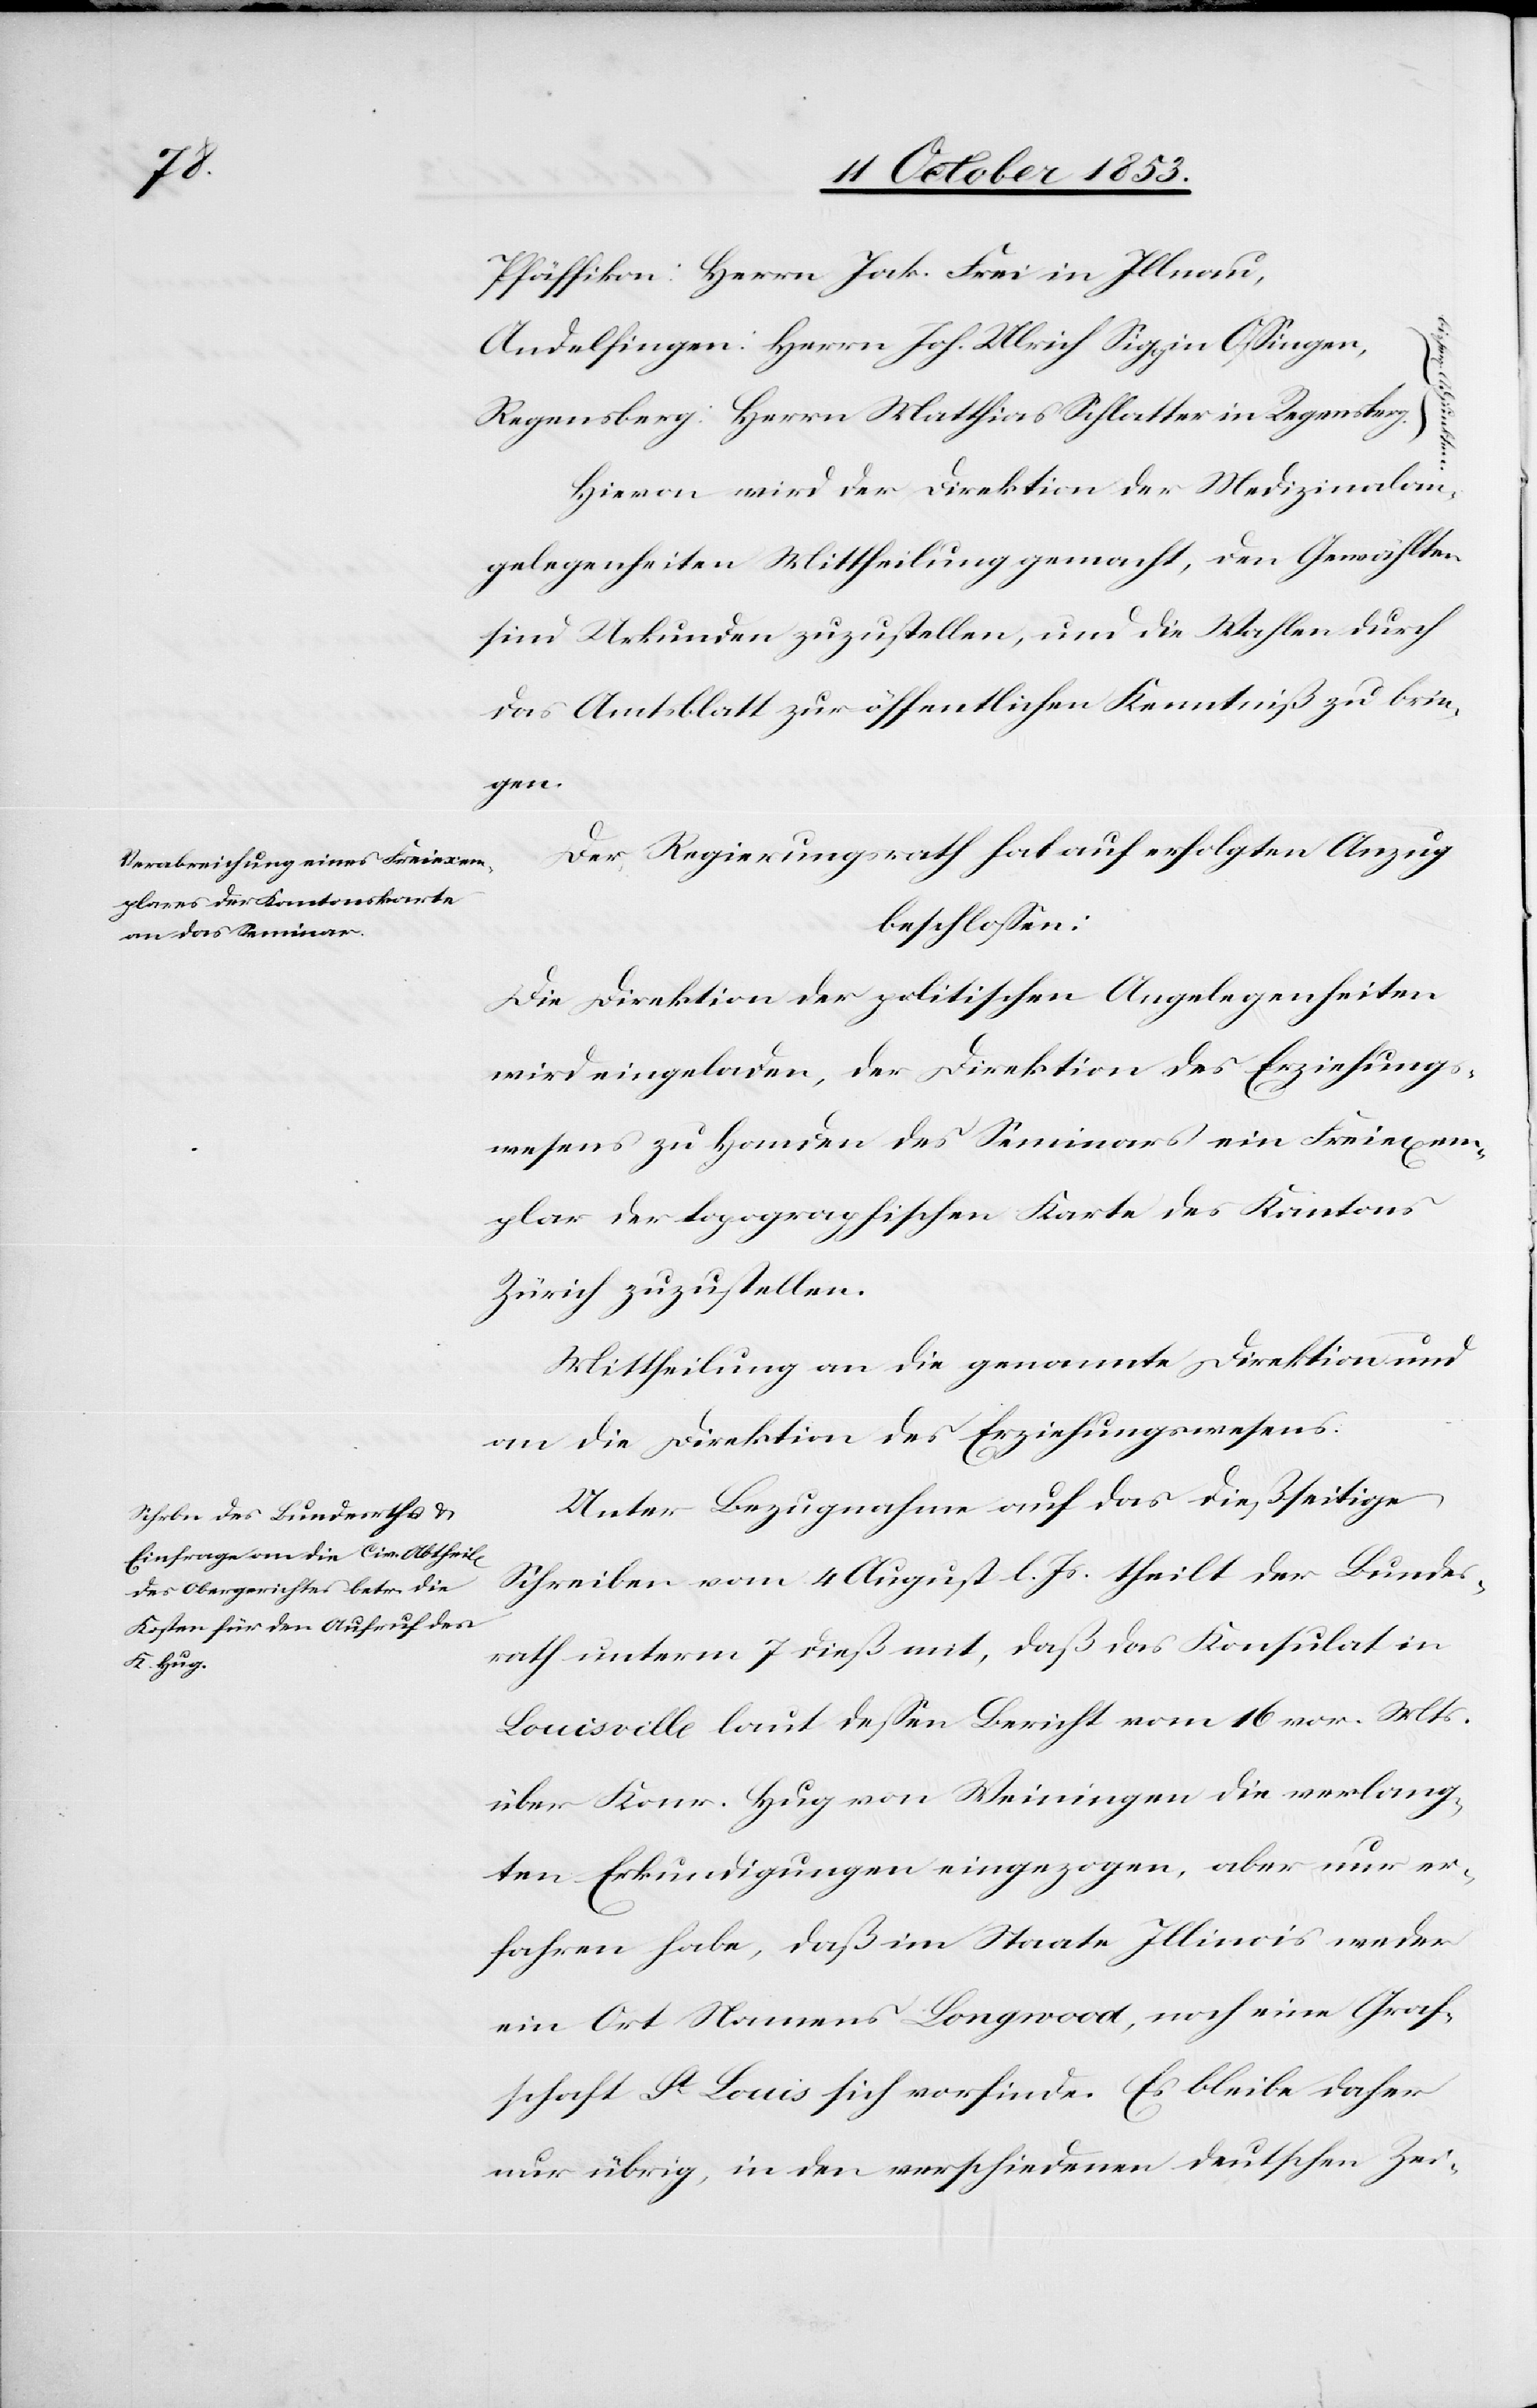
Pfäffikon: Herrn Jak. Frei in Illnau,
Andelfingen: Herrn Joh. Ulrich Siggin Oßingen,
Regensberg: Herrn Matthias Schlatter in Regensberg.
Hievon wird der Direktion der Medizinalan¬
gelegenheiten Mittheilung gemacht, den Gewählten
sind Urkunden zuzustellen, und die Wahlen durch
das Amtsblatt zur öffentlichen Kenntniß zu brin¬
gen.
Der Regierungsrath hat auf erfolgten Anzug
beschloßen:
Die Direktion der politischen Angelegenheiten
wird eingeladen, der Direktion des Erziehungs¬
wesens zu Handen des Seminars ein Freiexem¬
plar der topographischen Karte des Kantons
Zürich zuzustellen.
Mittheilung an die genannte Direktion und
an die Direktion des Erziehungswesens.
Unter Bezugnahme auf das dießseitige
Schreiben vom 4 August l. Js. theilt der Bundes¬
rath unterm 7 dieß mit, daß das Konsulat in
Louisville laut deßen Bericht vom 16 vor. Mts.
über Konr. Hug von Weiningen die verlang¬
ten Erkundigungen eingezogen, aber nur er¬
fahren habe, daß im Staate Illinois weder
ein Ort Namens Longwood, noch eine Graf¬
schaft St. Louis sich vorfinde. Es bleibe daher
nur übrig, in den verschiedenen deutschen Zei-